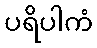
ပရိပါကံ